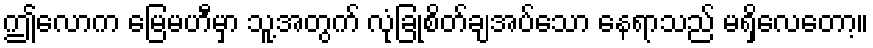
ဤလောက မြေမဟီမှာ သူ့အတွက် လုံခြုံစိတ်ချအပ်သော နေရာသည် မရှိလေတော့။